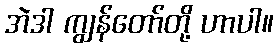
အဲဒါ ကျွန်တော်တို့ ဟာပါ။